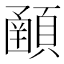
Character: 𩔞